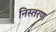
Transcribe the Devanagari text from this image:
निस्तरण